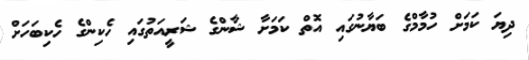
ދިޔަ ކަމަށް ހުމާމްގެ ބަޔާނުގައި އޮތް ކަމަށާ ޝާންގެ ޝަރީއަތުގައި ހެކިންގެ ހެކިބަހަށް